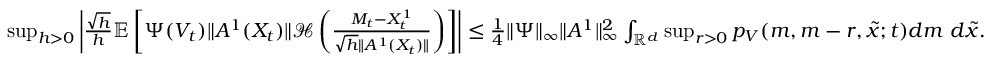
\begin{array} { r } { \operatorname* { s u p } _ { h > 0 } \left| \frac { \sqrt { h } } { h } { \mathbb E } \left[ \Psi ( V _ { t } ) \| A ^ { 1 } ( X _ { t } ) \| { \mathcal H } \left( \frac { M _ { t } - { X _ { t } ^ { 1 } } } { \sqrt { h } \| A ^ { 1 } ( X _ { t } ) \| } \right) \right] \right| \leq \frac { 1 } { 4 } \| \Psi \| _ { \infty } \| A ^ { 1 } \| _ { \infty } ^ { 2 } \int _ { { \mathbb R } ^ { d } } \operatorname* { s u p } _ { r > 0 } p _ { V } ( m , m - r , \tilde { x } ; t ) d m ~ d \tilde { x } . } \end{array}